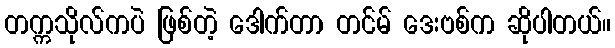
တက္ကသိုလ်ကပဲ ဖြစ်တဲ့ ဒေါက်တာ တင်မ် ဒေးဗစ်က ဆိုပါတယ်။